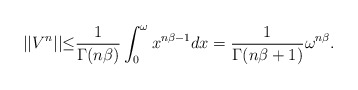
\begin{align*}||V^{n}||{\leq}\frac{1}{\Gamma(n\beta)}\int_{0}^{\omega}x^{n\beta-1}dx=\frac{1}{\Gamma(n\beta+1)}{\omega}^{n\beta}.\end{align*}